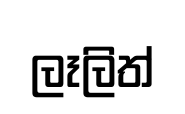
ලෑලිත්